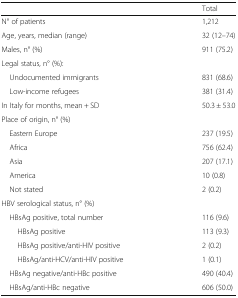
|  | Total |
 | --- | --- |
 | N° of patients | 1,212 |
 | Age, years, median (range) | 32 (12–74) |
 | Males, n° (%) | 911 (75.2) |
 | <COLSPAN=2> Legal status, n° (%): |
 | Undocumented immigrants | 831 (68.6) |
 | Low-income refugees | 381 (31.4) |
 | In Italy for months, mean + SD | 50.3 ± 53.0 |
 | <COLSPAN=2> Place of origin, n° (%) |
 | Eastern Europe | 237 (19.5) |
 | Africa | 756 (62.4) |
 | Asia | 207 (17.1) |
 | America | 10 (0.8) |
 | Not stated | 2 (0.2) |
 | <COLSPAN=2> HBV serological status, n° (%) |
 | HBsAg positive, total number | 116 (9.6) |
 | HBsAg positive | 113 (9.3) |
 | HBsAg positive/anti-HIV positive | 2 (0.2) |
 | HBsAg/anti-HCV/anti-HIV positive | 1 (0.1) |
 | HBsAg negative/anti-HBc positive | 490 (40.4) |
 | HBsAg/anti-HBc negative | 606 (50.0) |